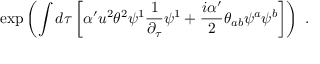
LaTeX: \exp \left( \int d \tau \left[ \alpha ^ { \prime } u ^ { 2 } \theta ^ { 2 } \psi ^ { 1 } \frac { 1 } { \partial _ { \tau } } \psi ^ { 1 } + \frac { i \alpha ^ { \prime } } { 2 } \theta _ { a b } \psi ^ { a } \psi ^ { b } \right] \right) \ .